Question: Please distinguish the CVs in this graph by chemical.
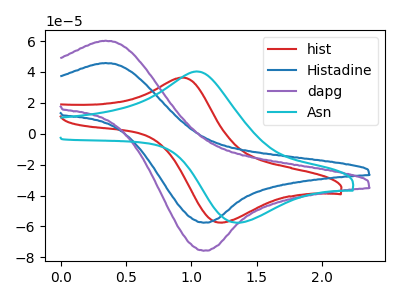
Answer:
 <answer>The red curve is labeled "hist". The blue curve is labeled "Histadine". The purple curve is labeled "dapg". The cyan curve is labeled "Asn".</answer>
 <eval></eval>